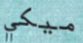
ميكي